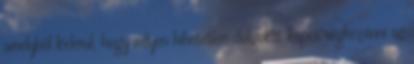
amelyből kiderül, hogy milyen hihetetlen dolgokat képes véghezvinni az